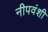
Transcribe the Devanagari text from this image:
नीपवंशी